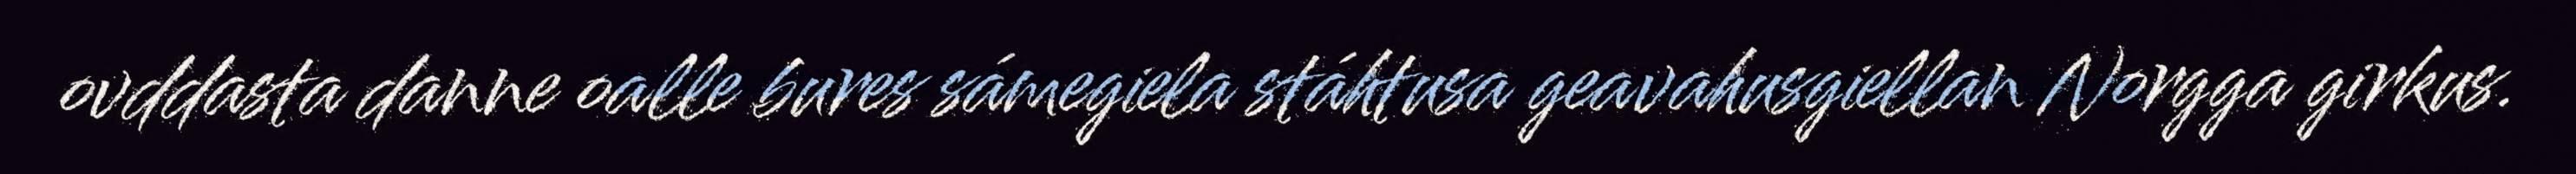
ovddasta danne oalle bures sámegiela stáhtusa geavahusgiellan Norgga girkus.